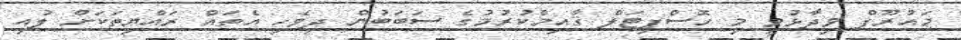
މައުރޫފް ވިދާޅުވީ މި ހޮސްޕިޓަލް ޤާއިމްކުރުމުގެ ސަބަބުން ދިވެހި އެތައް ރައްޔިތަކަށް ލުއި